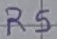
Text: R5